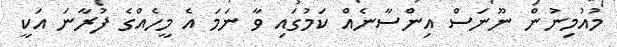
މުއުމިނުން ނޫނަސް އިންސާނެއް ކަމުގައި ވާ ނަމަ އެ މީހެއްގެ ފުރާނަ އަކީ